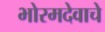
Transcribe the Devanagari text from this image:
भोरमदेवाचे